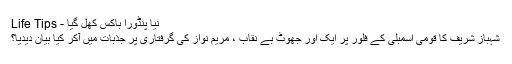
نیا پنڈورا باکس کھل گیا - Life Tips
شہباز شریف کا قومی اسمبلی کے فلور پر ایک اور جھوٹ بے نقاب ، مریم نواز کی گرفتاری پر جذبات میں آکر کیا بیان دیدیا؟